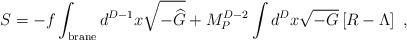
LaTeX: \begin{align*} S=-f\int_{\rm{\small brane}} d^{D-1}x\sqrt{-{\widehat G}}+ M_P^{D-2} \int d^D x \sqrt{-G} \left[R-\Lambda\right]~,\end{align*}